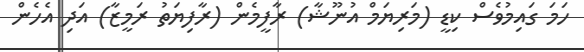
ހަމަ ގައިމުވެސް ކިޑީ (މަރިޔަމް އުނޫޝާ) ރާފީމެން (ރާފިޔަތު ރަމީޒާ) އަދި އެހެން